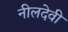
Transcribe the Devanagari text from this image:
नीलदेवी